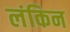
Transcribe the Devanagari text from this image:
लंकिन